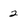
Character: 2